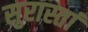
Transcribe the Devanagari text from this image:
सुरास्तां